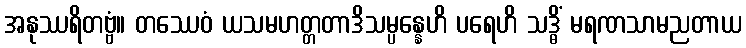
အနုဿရိတဗ္ဗံ။ တဿေဝံ ယသမဟတ္တတာဒိသမ္ပန္နေဟိ ပရေဟိ သဒ္ဓိံ မရဏသာမညတာယ